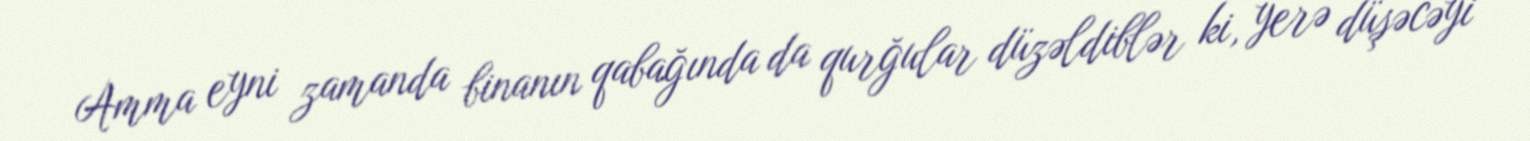
Amma eyni zamanda binanın qabağında da qurğular düzəldiblər ki, yerə düşəcəyi